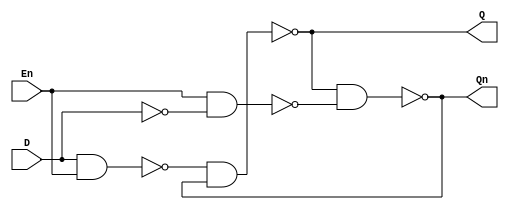
`timescale 1ns / 1ps
//////////////////////////////////////////////////////////////////////////////////
// Company: 
// Engineer: 
// 
// Design Name: 
// Module Name: D_Latch
// Project Name: 
// Target Devices: 
// Tool Versions: 
// Description: 
// 
// Dependencies: 
// 
// Revision:
// Revision 0.01 - File Created
// Additional Comments:
// 
//////////////////////////////////////////////////////////////////////////////////


module D_Latch(D,En,Q,Qn);
    input D,En;
    output Q,Qn;
    wire Sn,Rn,Dn;
    not i0(Dn,D);
    nand i1(Sn,D,En);
    nand i2(Rn,En,Dn);
    nand i3(Q,Sn,Qn);
    nand i4(Qn,Q,Rn);
endmodule